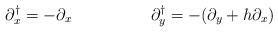
LaTeX: \begin{align*}\partial_x^{\dagger} = - \partial_x \hskip 2cm \partial_y^{\dagger} = - (\partial_y + h \partial_x )\end{align*}